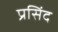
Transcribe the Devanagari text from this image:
प्रसिंद